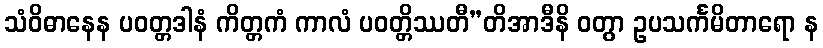
သံဝိဓာနေန ပဝတ္တဒါနံ ကိတ္တကံ ကာလံ ပဝတ္တိဿတီ”တိအာဒီနိ ဝတွာ ဥပသင်္ကမိတာရော န